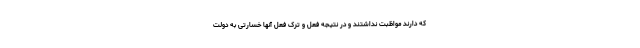
که دارند مواظبت نداشتند و در نتیجه فعل و ترک فعل آنها خسارتی به دولت